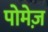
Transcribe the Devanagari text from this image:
पोमेज़